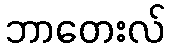
ဘာတေးလ်